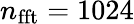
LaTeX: n_{\mathrm{{fft}}}=1024